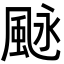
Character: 𩖻